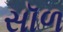
સૉળ